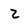
Character: 2